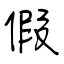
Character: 假